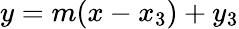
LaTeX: y=m(x-x_{3})+y_{3}